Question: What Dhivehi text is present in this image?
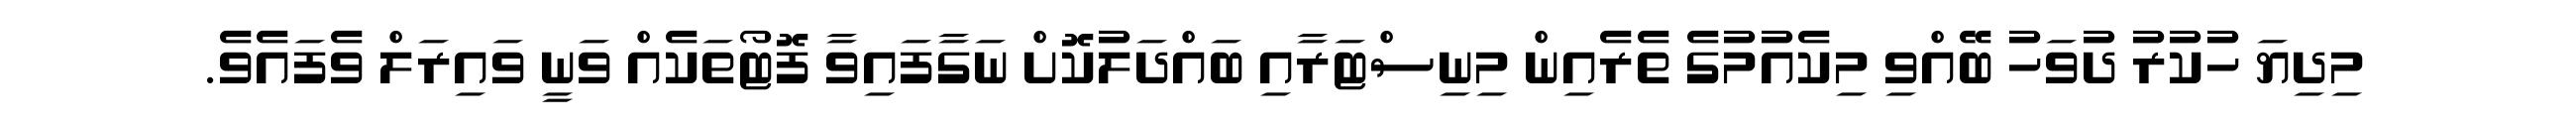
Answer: މިދިޔަ ހުކުރު ދުވަހު ބޭއްވި މިކެއުމުގެ ތެރެއިން މިނިސްޓަރާއި ބައްދަލުކޮށް ނަގާފައިވާ ފޮޓޯތަކެއް ވަނީ ވައިރަލް ވެފައެވެ.